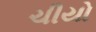
ચીયો